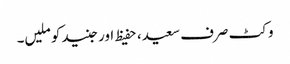
وکٹ صرف سعید، حفیظ اور جنید کو ملیں۔